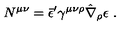
N ^ { \mu \nu } = \bar { \epsilon } ^ { \prime } \gamma ^ { \mu \nu \rho } \hat { \nabla } _ { \rho } \epsilon \ .